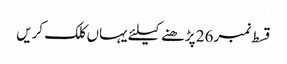
قسط نمبر 26 پڑھنے کیلئے یہاں کلک کریں